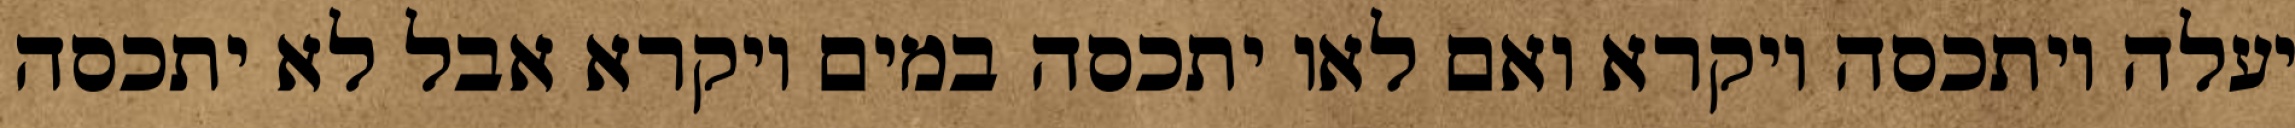
יעלה ויתכסה ויקרא ואם לאו יתכסה במים ויקרא אבל לא יתכסה